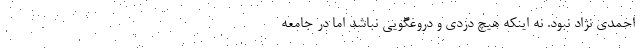
احمدی نژاد نبود. نه اینکه هیچ دزدی و دروغگویی نباشد اما در جامعه